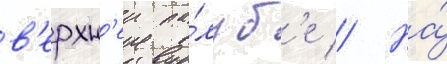
в'ерхн'еи па́луб'е // На́